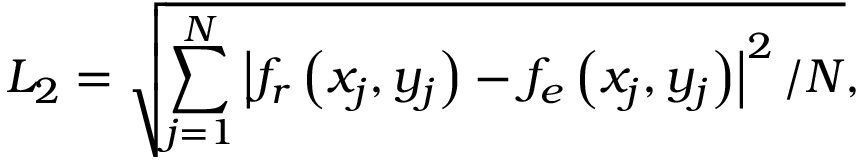
L _ { 2 } = \sqrt { \sum _ { j = 1 } ^ { N } \left| f _ { r } \left( x _ { j } , y _ { j } \right) - f _ { e } \left( x _ { j } , y _ { j } \right) \right| ^ { 2 } / N } ,